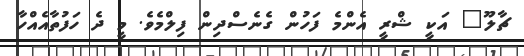
ޗާލޫ" އަކީ ޝްރީ އެންމެ ފަހުން ގެނެސްދިން ފިލްމެވެ. މީ ދެ ހަފުތާއެއްހާ